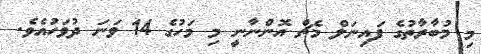
މި މުބާރާތުގެ ފައިނަލް މެޗް އޮންނާނީ މި މަހުގެ 14 ވަނަ ދުވަހުއެވެ.